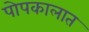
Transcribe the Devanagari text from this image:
पोपकालात